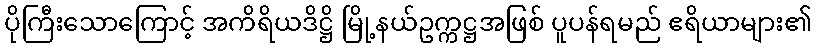
ပိုကြီးသောကြောင့် အကိရိယဒိဋ္ဌိ မြို့နယ်ဥက္ကဋ္ဌအဖြစ် ပူပန်ရမည် ဧရိယာများ၏